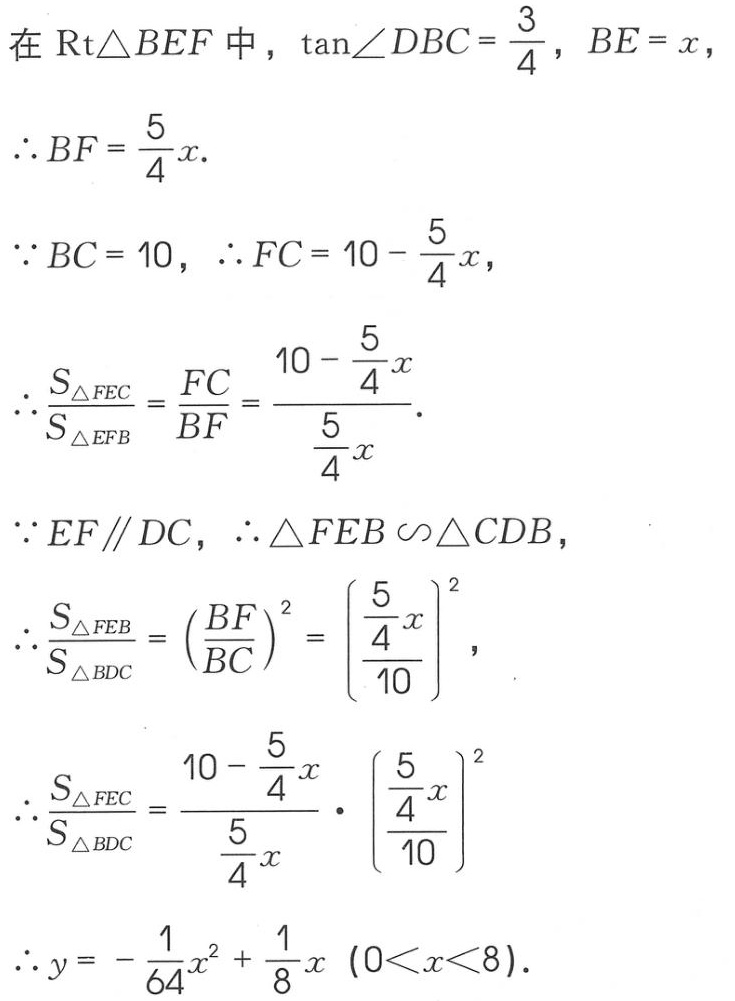
在$\text{Rt}\triangle BEF$中，$\tan\angle DBC = \frac{3}{4}$，$BE = x$，
$\therefore BF = \frac{5}{4}x.$
$\because BC = 10$，$\therefore FC = 10 - \frac{5}{4}x$，
$\therefore\frac{S_{\triangle FEC}}{S_{\triangle EFB}} = \frac{FC}{BF} = \frac{10 - \frac{5}{4}x}{\frac{5}{4}x}.$
$\because EF\parallel DC$，$\therefore\triangle FEB\backsim\triangle CDB$，
$\therefore\frac{S_{\triangle FEB}}{S_{\triangle BDC}} = \left(\frac{BF}{BC}\right)^2 = \left(\frac{\frac{5}{4}x}{10}\right)^2$，
$\therefore\frac{S_{\triangle FEC}}{S_{\triangle BDC}} = \frac{10 - \frac{5}{4}x}{\frac{5}{4}x} \cdot \left(\frac{\frac{5}{4}x}{10}\right)^2$
$\therefore y = - \frac{1}{64}x^{2} + \frac{1}{8}x\ (0<x<8).$